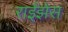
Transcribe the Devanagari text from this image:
राईझेस